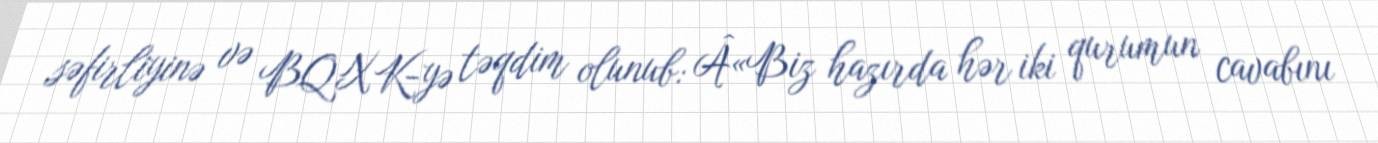
səfirliyinə və BQXK-yə təqdim olunub: Â«Biz hazırda hər iki qurumun cavabını